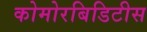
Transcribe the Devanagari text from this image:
कोमोरबिडिटीस